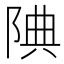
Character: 𨹻